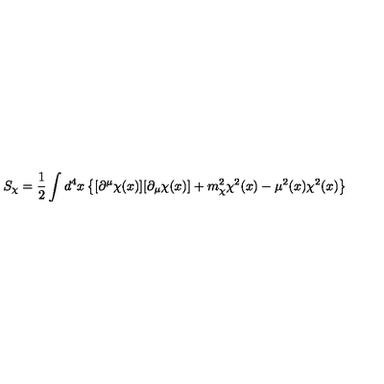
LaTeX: S _ { \chi } = \frac { 1 } { 2 } \int d ^ { 4 } x \left\{ [ \partial ^ { \mu } \chi ( x ) ] [ \partial _ { \mu } \chi ( x ) ] + m _ { \chi } ^ { 2 } \chi ^ { 2 } ( x ) - \mu ^ { 2 } ( x ) \chi ^ { 2 } ( x ) \right\}